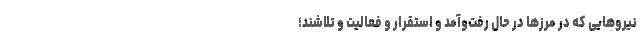
نیروهایی که در مرزها در حال رفت‌وآمد و استقرار و فعالیت و تلاشند؛